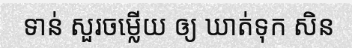
ទាន់ សួរចម្លើយ ឲ្យ ឃាត់ទុក សិន